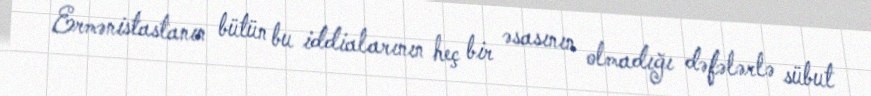
Ermənistastanın bütün bu iddialarının heç bir əsasının olmadığı dəfələrlə sübut